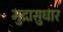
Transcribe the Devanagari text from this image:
मुद्रासुधार